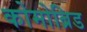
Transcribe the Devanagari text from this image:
कोमोब्रिड